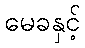
မေခနှင့်